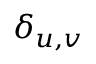
\delta _ { u , v }